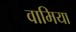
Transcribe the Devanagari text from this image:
वामिया